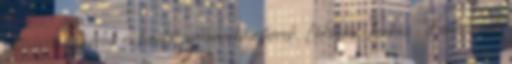
pozsonyi ispánnak és királyi pohárnokmesternek, Lőkösnek Leukus , Bertalan­nak